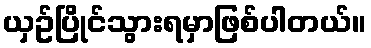
ယှဥ်ပြိုင်သွားရမှာဖြစ်ပါတယ်။